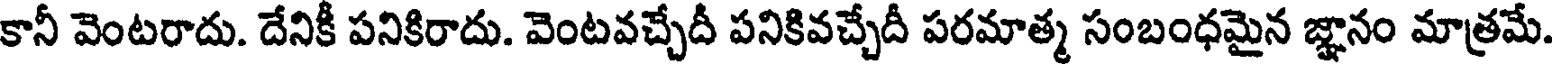
కానీ వెంటరాదు. దేనికీ పనికిరాదు. వెంటవచ్చేదీ పనికివచ్చేదీ పరమాత్మ సంబంధమైన జ్ఞానం మాత్రమే.